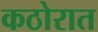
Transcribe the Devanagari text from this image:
कठोरात